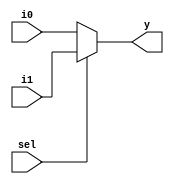
module mux_2_to_1 (i0, i1, sel , y);
  input [4:0] i0, i1;
  input sel;
  output [4:0] y;
  
  assign y = sel ? i1 : i0;
  
endmodule